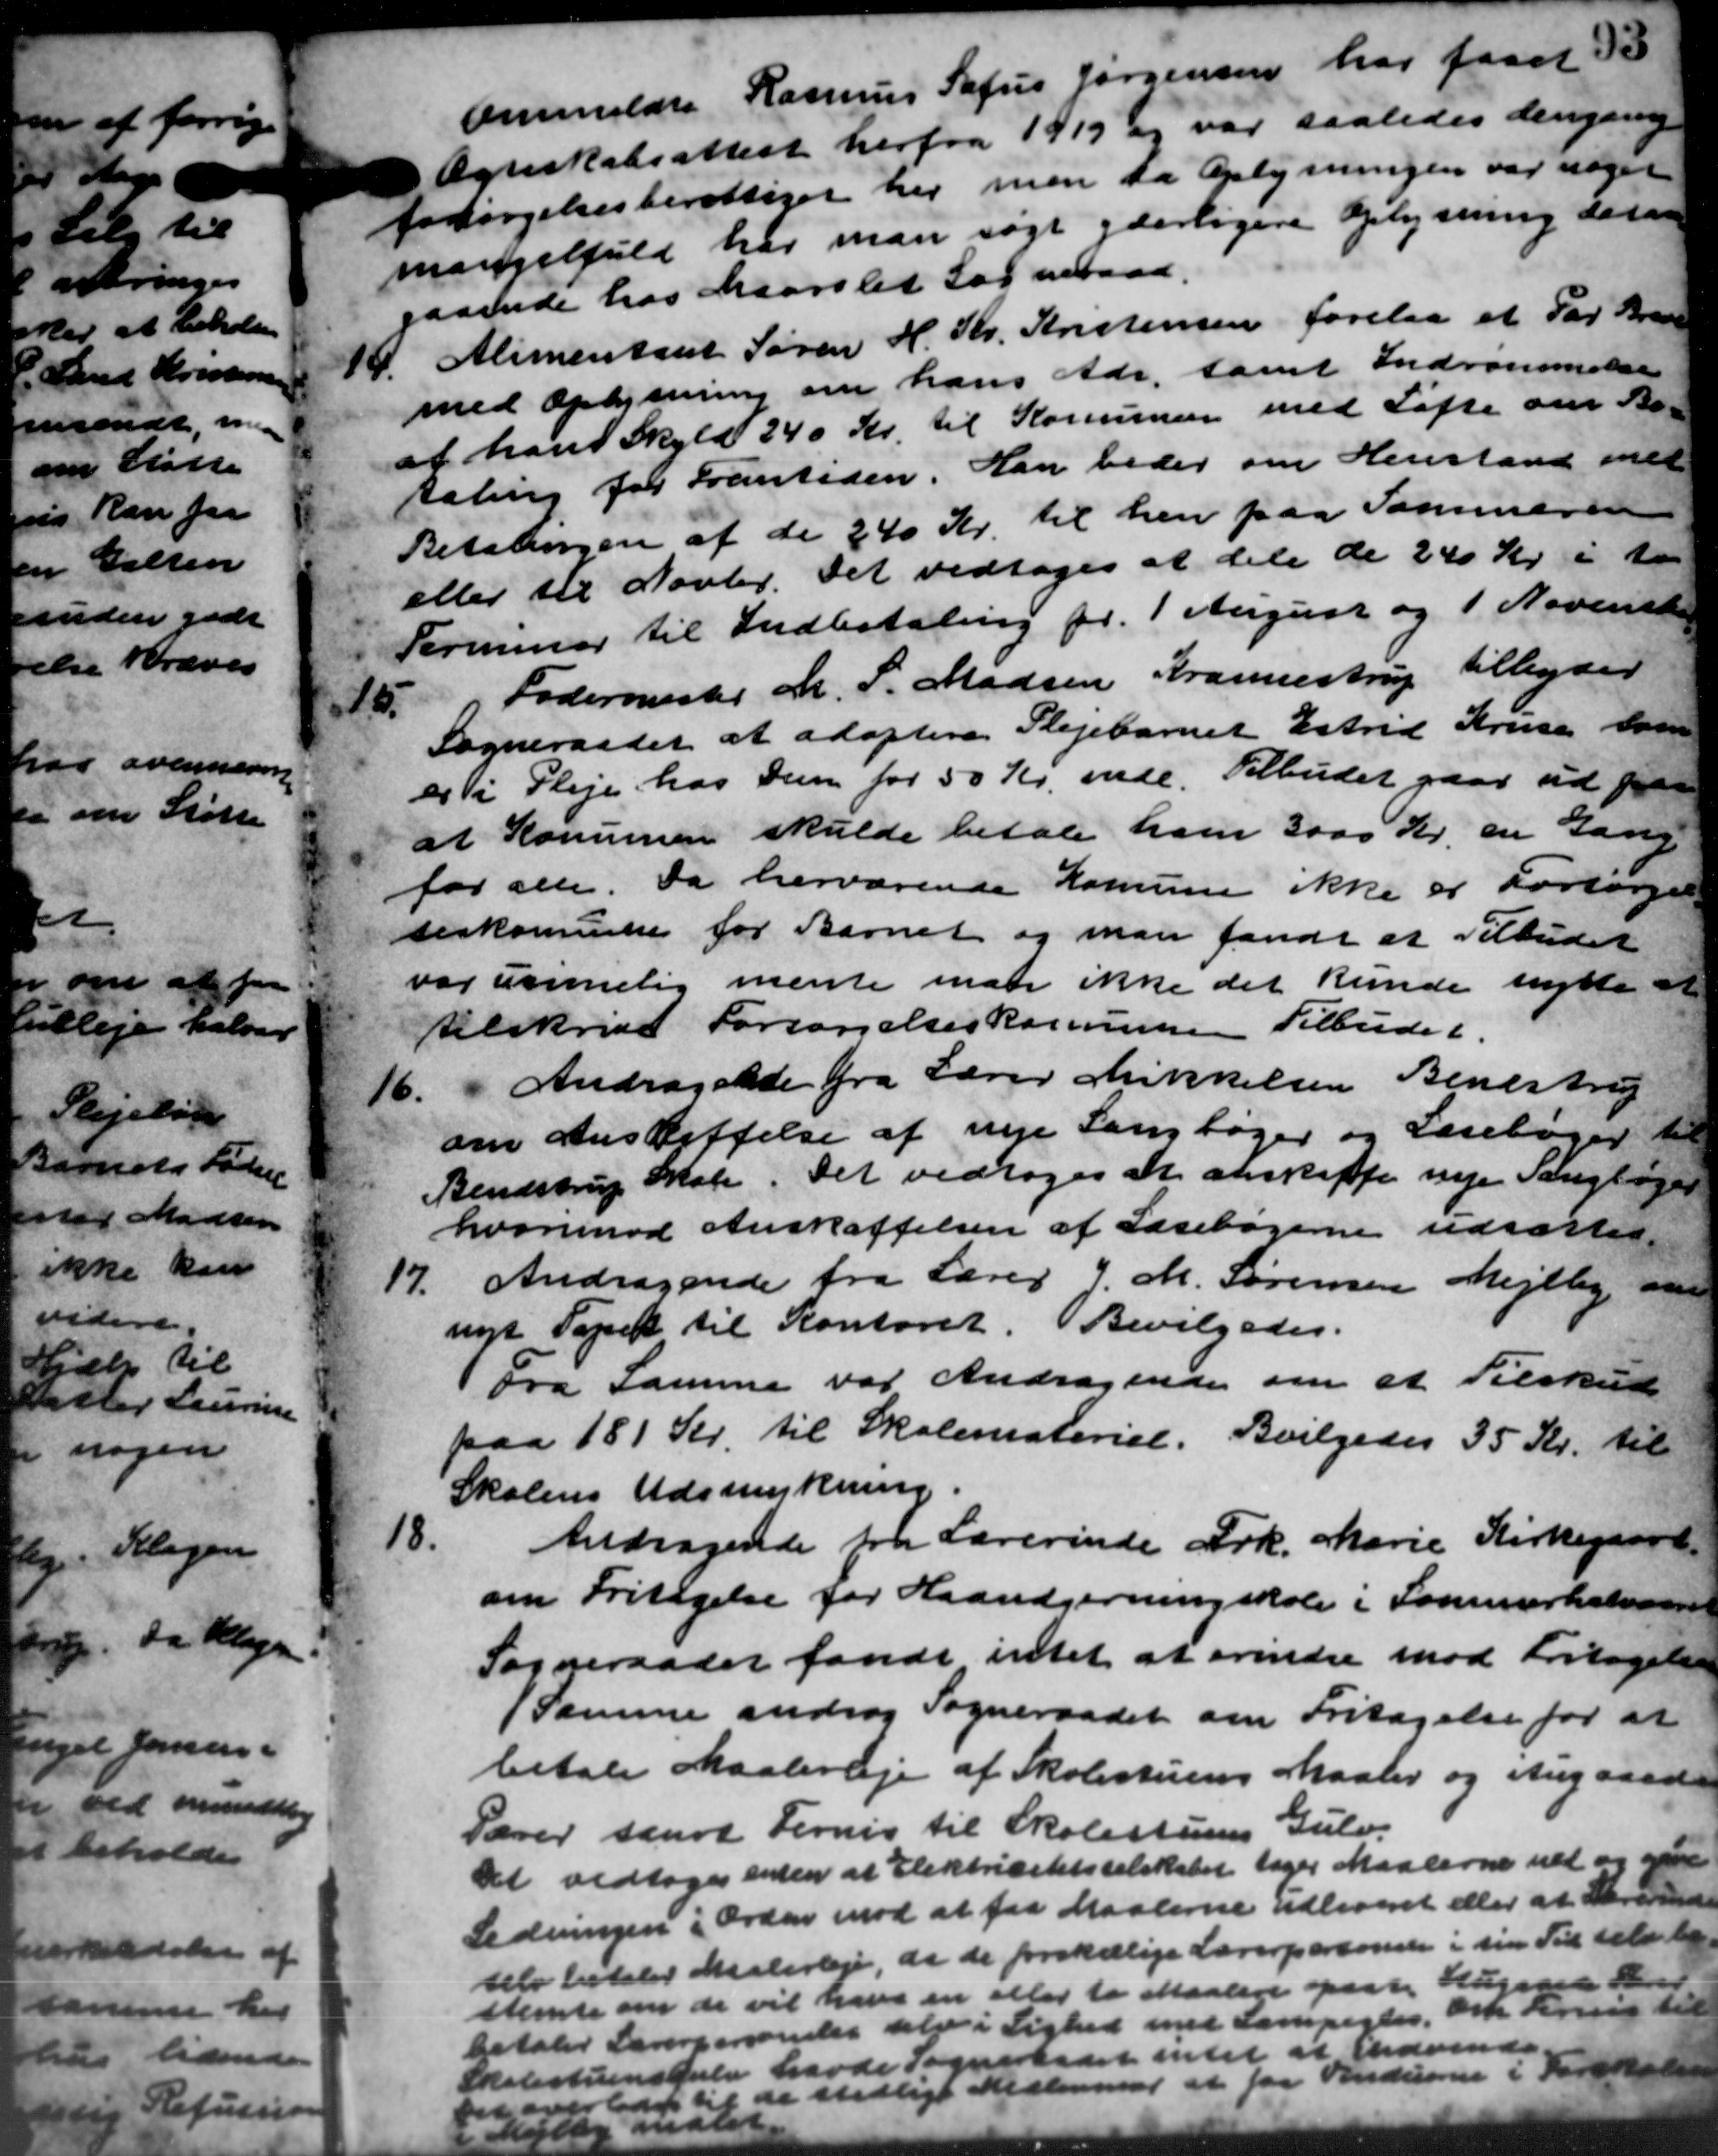
Transskription:
Anmeldte Rasmus Sofus Jørgensen har faaet 35
Egneskabsattest herfra 1919 og var saaledes dengang
forsørgelsesberettiget her men da Oplysningen var noget
mangelfuld har man søgt yderligere Oplysning desan
gaaende hos Maarslet Sogneraad.
14
Alimentant Søren H. Kr. Kristensen forelaa et Par Brand
med Oplysning om hans Adr. samt Indrømmelse
at hans Skyld 240 Kr. til Komunen med Løfte om Be-
taling for Frantiden. Han beder om Henstand indt
Betalingen af de 240 Kr. til hen paa Sammeren
eller til Novbr. Det vedtoges at dele de 240 Kr. i to
Forminer til Indbetaling pr. 1 August og 1 November
15.
Fodermester M. P. Madsen Krannestrup tilbyder
Sogneraadet at adoptere Plejebarnet Estrid Kruse sam
er i Pleje hos den for 50 Kr. inde. Tilbudet gaar ud paa
at Komunen skulde betale ham 3000 Kr. en Gang
for alle. Da herværende Komune ikke er Forsørgel
seskommelse for Barnet og man fandt et Tilbudet
var ummelig mente man ikke det kunde nytte at
tilskrive Forsørgelseskommunen Tilbudet.
16.
Andragende fra Lærer Mikkelsen Bendstrup
om Anskaffelse af nye Langbøger og Læsebøger til
Bendstrup Skole. Det vedtoges at anskaffe nye Sangbøger
hvorimod Anskaffelsen af Læsebøgerne udsættes
Andragende fra Lærer J. M. Sørensen Mejlby om
17.
nyt Tapet til Kontoret. Bevilgedes.
Fra Samme var Andragende om et Tilskud
paa 181 Kr. til Skolemateriel. Bevilgedes 35 Kr. til
Skolens Udstykning.
18.
Andragende fra Lærerinde Ark. Marie Kirkegaard.
om Fritagelse for Haandgerning skole i Sommerholms
Sogneraadet fandt intet at erindre mod Fritagelse
1 Samme androg Sogneraadet om Fritagelse for at
betale Maaleveje af Skolestuens Maaler og Angaaed
Pærer saart Fernis til Skolestuens Gulv.
Det vedtoges anden at Elektricitetsselskabet tager Maalerne ud og sam
Ledningen i Ordan mod at faa Maalerne udleveret eller at Lærereder
selv betaler Malerleje, da de forskellige Lærerpersoner i sin Til selv be-
stemte om de vil hans en eller to Maalere paa Lagende Fred
betaler Lærerpersendes delse i Lighed med Sampegler, ark krig til
Skolestuens gulv havde Sogneraadet intet at udvende.
ra 1 a de stedlige Medlemmer e faa Anderen i Forskel
er malet.